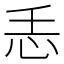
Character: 𢗩